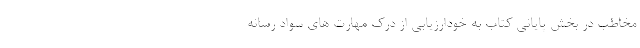
مخاطب در بخش پایانی کتاب به خودارزیابی از درک مهارت های سواد رسانه